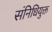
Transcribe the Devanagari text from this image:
संनिधियुक्त